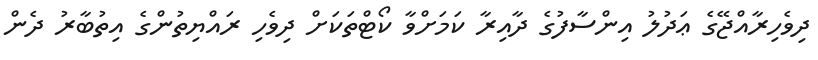
ދިވެހިރާއްޖޭގެ ޢަދުލު އިންސާފުގެ ދާއިރާ ކަމަށްވާ ކޯޓްތަކަށް ދިވެހި ރައްޔިތުންގެ އިތުބާރު ދެން